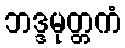
ဘဒ္ဒမုတ္တကံ